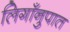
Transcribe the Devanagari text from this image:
लिगाँनुपात